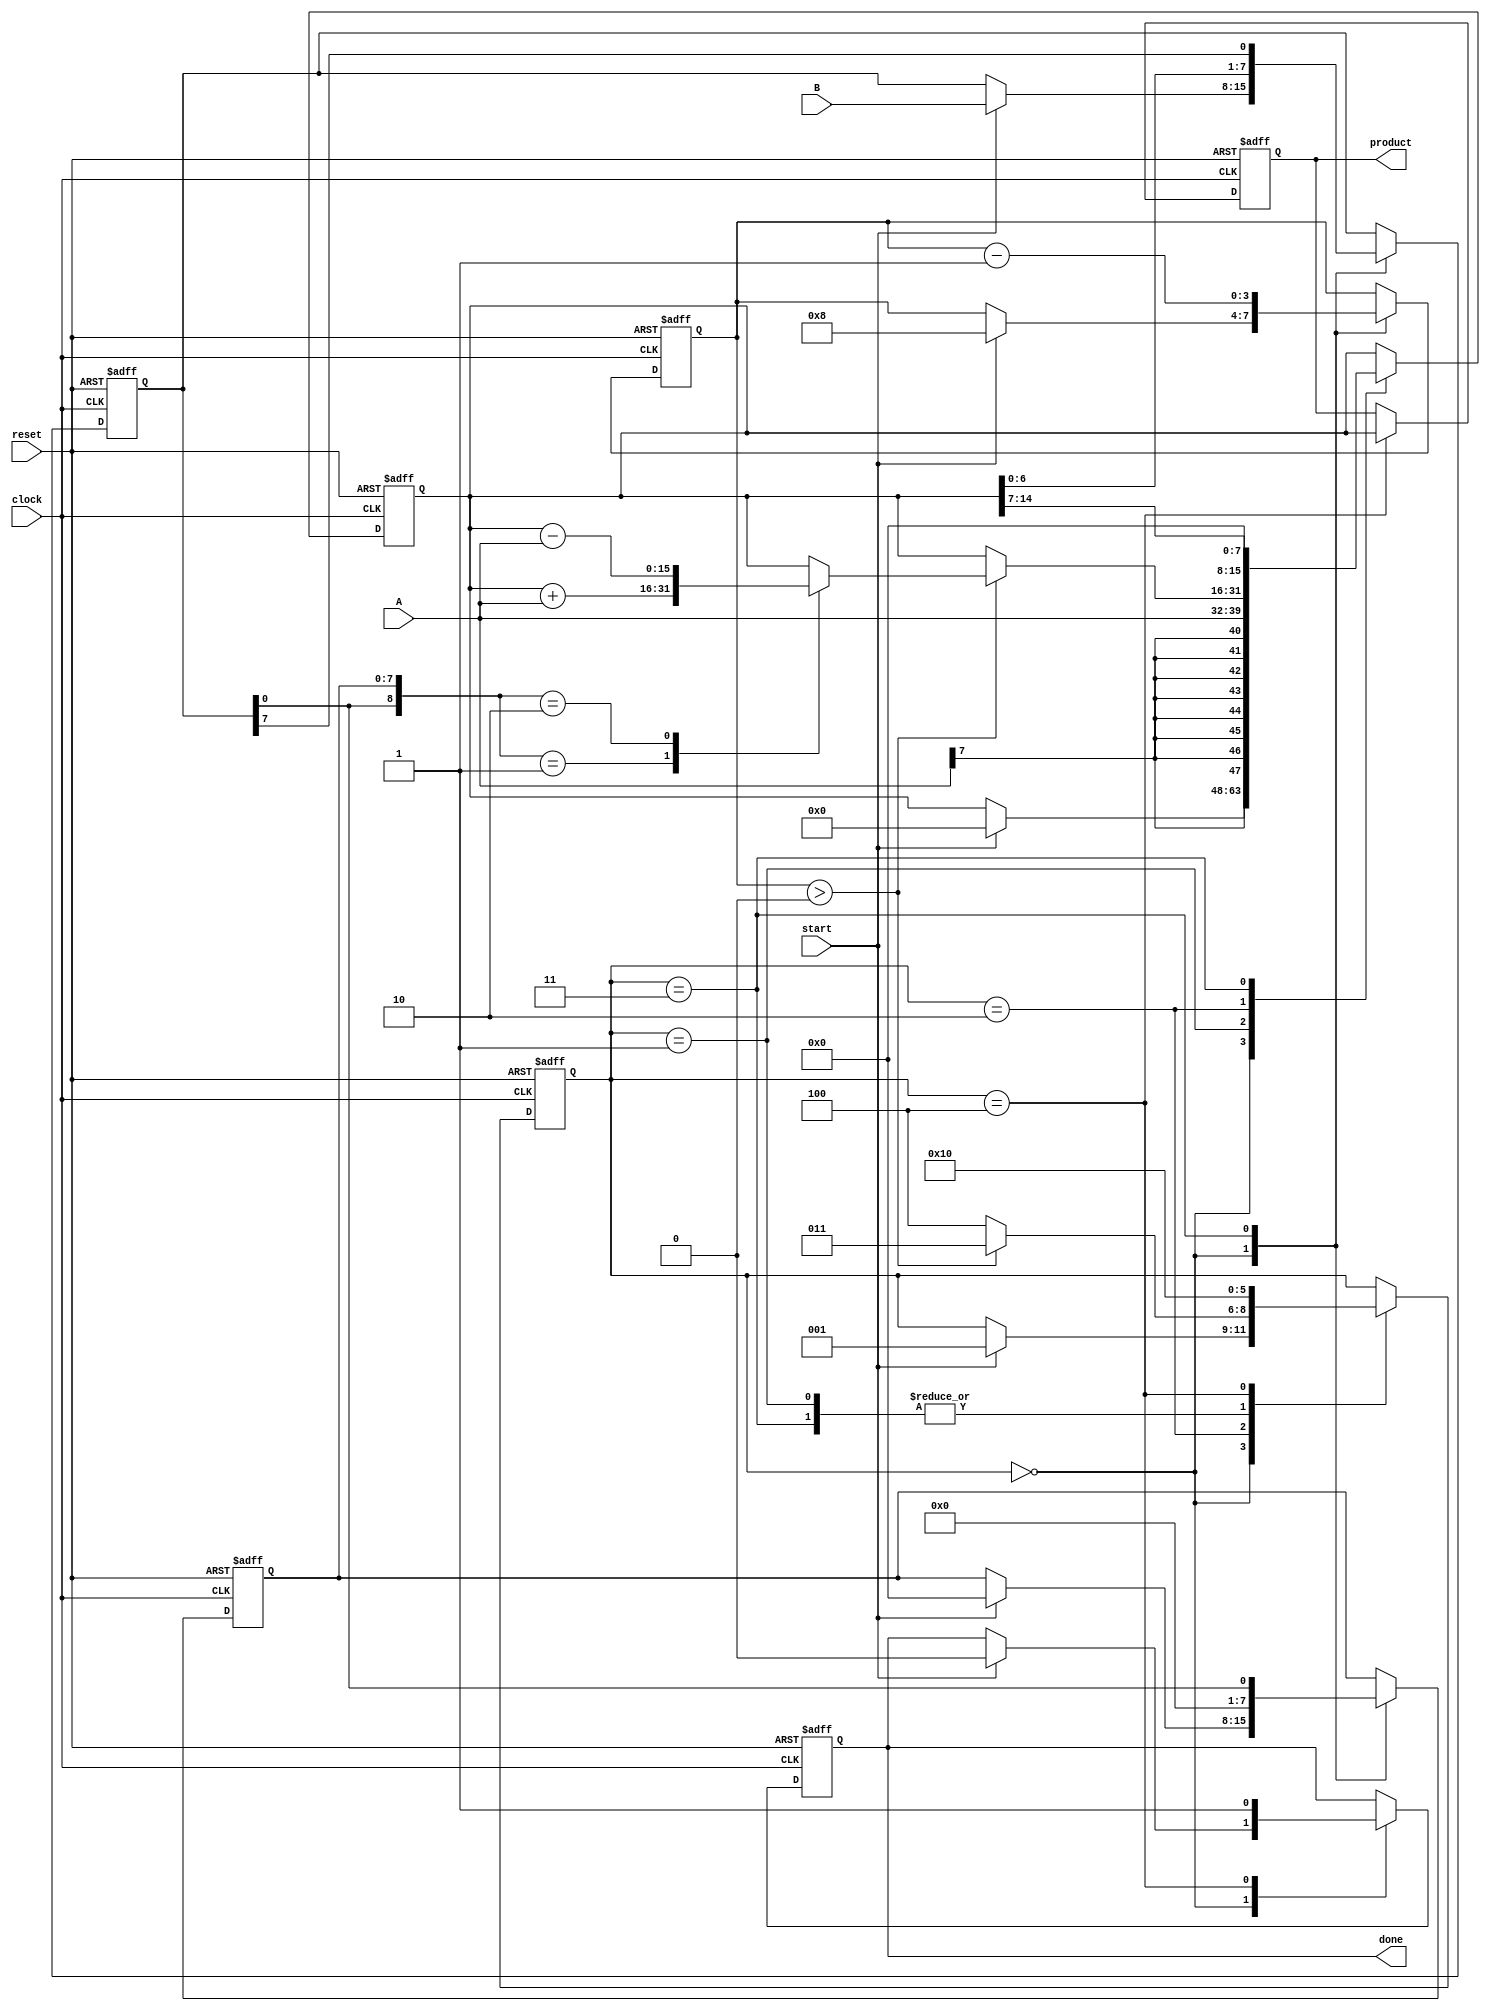
module booth_multiplier #(
    parameter WIDTH_A = 8, // Width of multiplicand
    parameter WIDTH_B = 8  // Width of multiplier
)(
    input signed [WIDTH_A-1:0] A, // Multiplicand
    input signed [WIDTH_B-1:0] B, // Multiplier
    input start,                  // Start signal
    input clock,                 // Clock signal
    input reset,                 // Reset signal
    output reg signed [WIDTH_A + WIDTH_B - 1:0] product, // Product output
    output reg done              // Done signal
);

    // Internal registers
    reg signed [WIDTH_A + WIDTH_B - 1:0] P; // Accumulator
    reg signed [WIDTH_B-1:0] Q;               // Multiplier
    reg [WIDTH_B-1:0] Q_1;                    // Previous bit of Q
    reg [3:0] count;                          // Count of iterations
    reg [2:0] state;                          // FSM state

    // State encoding
    localparam IDLE = 3'b000,
               LOAD = 3'b001,
               CHECK = 3'b010,
               SHIFT = 3'b011,
               DONE = 3'b100;

    // Reset and initialization
    always @(posedge clock or posedge reset) begin
        if (reset) begin
            P <= 0;
            Q <= 0;
            Q_1 <= 0;
            count <= 0;
            product <= 0;
            done <= 0;
            state <= IDLE;
        end else begin
            case (state)
                IDLE: begin
                    if (start) begin
                        P <= 0;
                        Q <= B;
                        Q_1 <= 0;
                        count <= WIDTH_B; // Number of bits in multiplier
                        state <= LOAD;
                        done <= 0;
                    end
                end

                LOAD: begin
                    // Load multiplicand into P
                    P <= A;
                    state <= CHECK;
                end

                CHECK: begin
                    if (count > 0) begin
                        case ({Q[0], Q_1})
                            2'b01: P <= P + A; // Add A to P
                            2'b10: P <= P - A; // Subtract A from P
                            default: ;          // Do nothing
                        endcase
                        state <= SHIFT;
                    end else begin
                        state <= DONE; // All bits processed
                    end
                end

                SHIFT: begin
                    // Arithmetic right shift
                    {P, Q} <= {P[WIDTH_A + WIDTH_B - 2:0], Q[WIDTH_B-1]}; // Shift P and Q
                    Q_1 <= Q[0]; // Update Q_1
                    count <= count - 1; // Decrement count
                    state <= CHECK; // Go back to check
                end

                DONE: begin
                    product <= P; // Store final product
                    done <= 1;    // Indicate done
                    state <= IDLE; // Go back to idle
                end
            endcase
        end
    end
endmodule